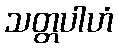
သတ္တပါဟံ